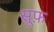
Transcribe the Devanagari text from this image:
सूफ़